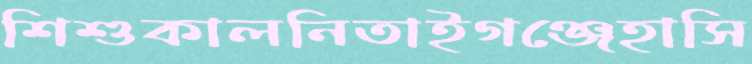
শিশুকালনিতাইগঞ্জেহাসি